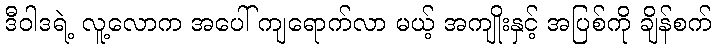
ဒီဝါဒရဲ့ လူ့လောက အပေါ် ကျရောက်လာ မယ့် အကျိုးနှင့် အပြစ်ကို ချိန်စက်